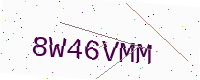
Text: 8W46VMM